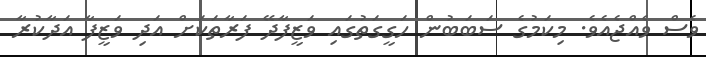
ވެސް ވެއްޖެއެވެ. މިކަމުގެ ސަބަބުން ހަގީގަތުގައި ވަޒީފާދޭ ފަރާތަކަށް އަދި ވަޒީފާ އަދާކުރާ